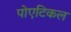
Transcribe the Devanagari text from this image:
पोएटिकल